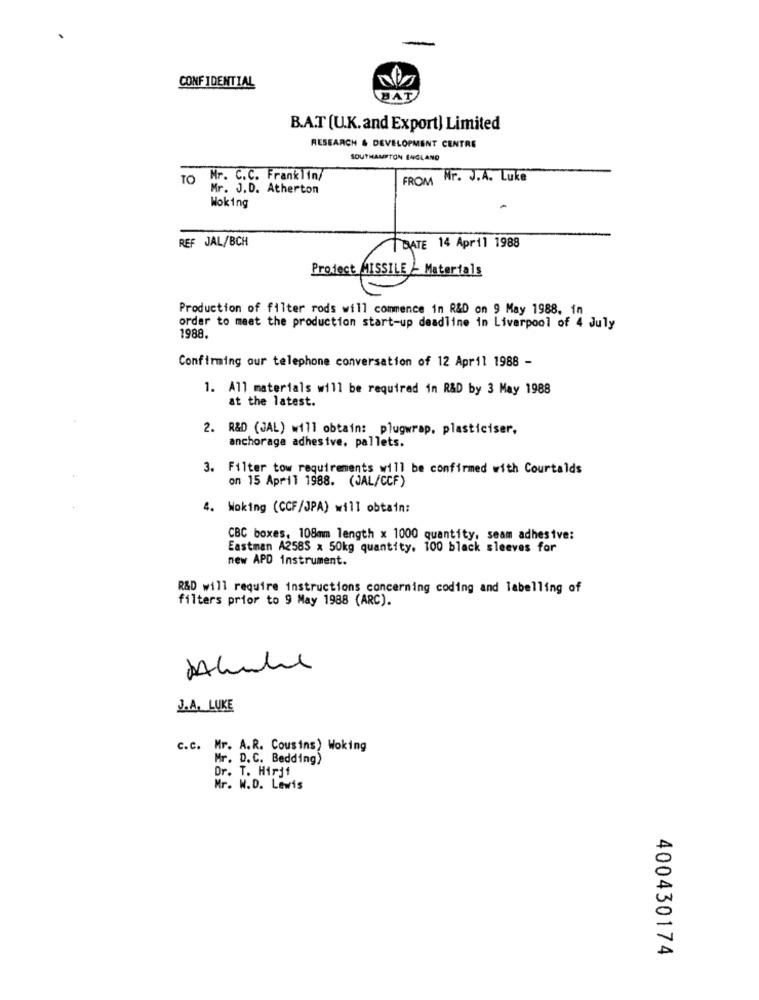
CONFIDENTIAL
BAT
B.A.T [U.K.and Export) Limited
RESEARCH & DEVELOPMENT CENTRE
SOUTHAMPTON ENGLAND
TO Mr. C.C. Franklin/
FROM Nr. J.A. Luke
Mr. J.D. Atherton
Woking
REF JAL/BCH
GATE 14 April 1988
Project MISSILE / Materials
Production of filter rods will commence in R&D on 9 May 1988. in
order to meat the production start-up deadline in Liverpool of 4 July
1988.
Confirming our telephone conversation of 12 April 1988 -
1. All materials will be required in R&D by 3 May 1988
at the latest.
2. R&D (JAL) will obtain: plugwrap, plasticiser,
anchorage adhesive, pallets.
3. Filter tow requirements will be confirmed with Courtalds
on 15 April 1988. (JAL/CCF)
4. Woking (CCF/JPA) will obtain:
CBC boxes, 108mm length x 1000 quantity, seam adhesive:
Eastman A2585 x 50kg quantity. 100 black sleeves for
new APD instrument.
R&D will require instructions concerning coding and labelling of
filters prior to 9 May 1988 (ARC).
2.A. LUKE
C.c. Mr. A.R. Cousins) Woking
Mr. D. C. Bedding)
Dr. T. Hirji
Mr. W.D. Lewis
400430174